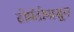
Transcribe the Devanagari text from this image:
टोमॅटोपासून